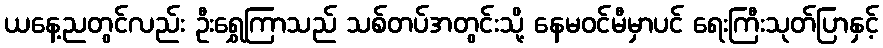
ယနေ့ညတွင်လည်း ဦးရွှေကြာသည် သစ်တပ်အတွင်းသို့ နေမဝင်မီမှာပင် ရေးကြီးသုတ်ပြာနှင့်